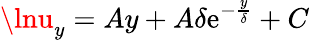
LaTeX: \lnu_{y}=Ay+A\delta\mathrm{e}^{-\frac{{y}}{{\delta}}}+C